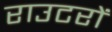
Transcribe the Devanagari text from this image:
राउटरों